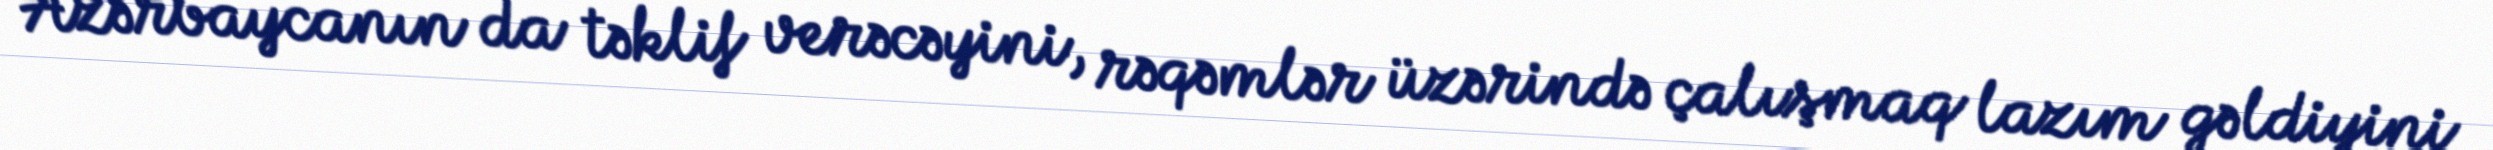
Azərbaycanın da təklif verəcəyini, rəqəmlər üzərində çalışmaq lazım gəldiyini